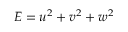
E = u ^ { 2 } + v ^ { 2 } + w ^ { 2 }